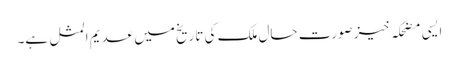
ایسی مضحکہ خیز صورت حال ملک کی تاریخ میں عدیم المثل ہے۔